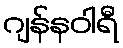
ဂျန်နဝါရီ